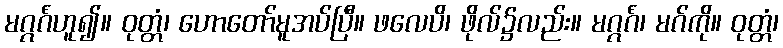
မဂ္ဂင်္ဂံဟူ၍။ ဝုတ္တံ၊ ဟောတော်မူအပ်ပြီ။ ဖလေပိ၊ ဖိုလ်၌လည်း။ မဂ္ဂင်္ဂံ၊ မဂ်ကို။ ဝုတ္တံ၊